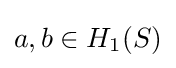
a,b\in H_{1}(S)